Riigikantselei, lk 11
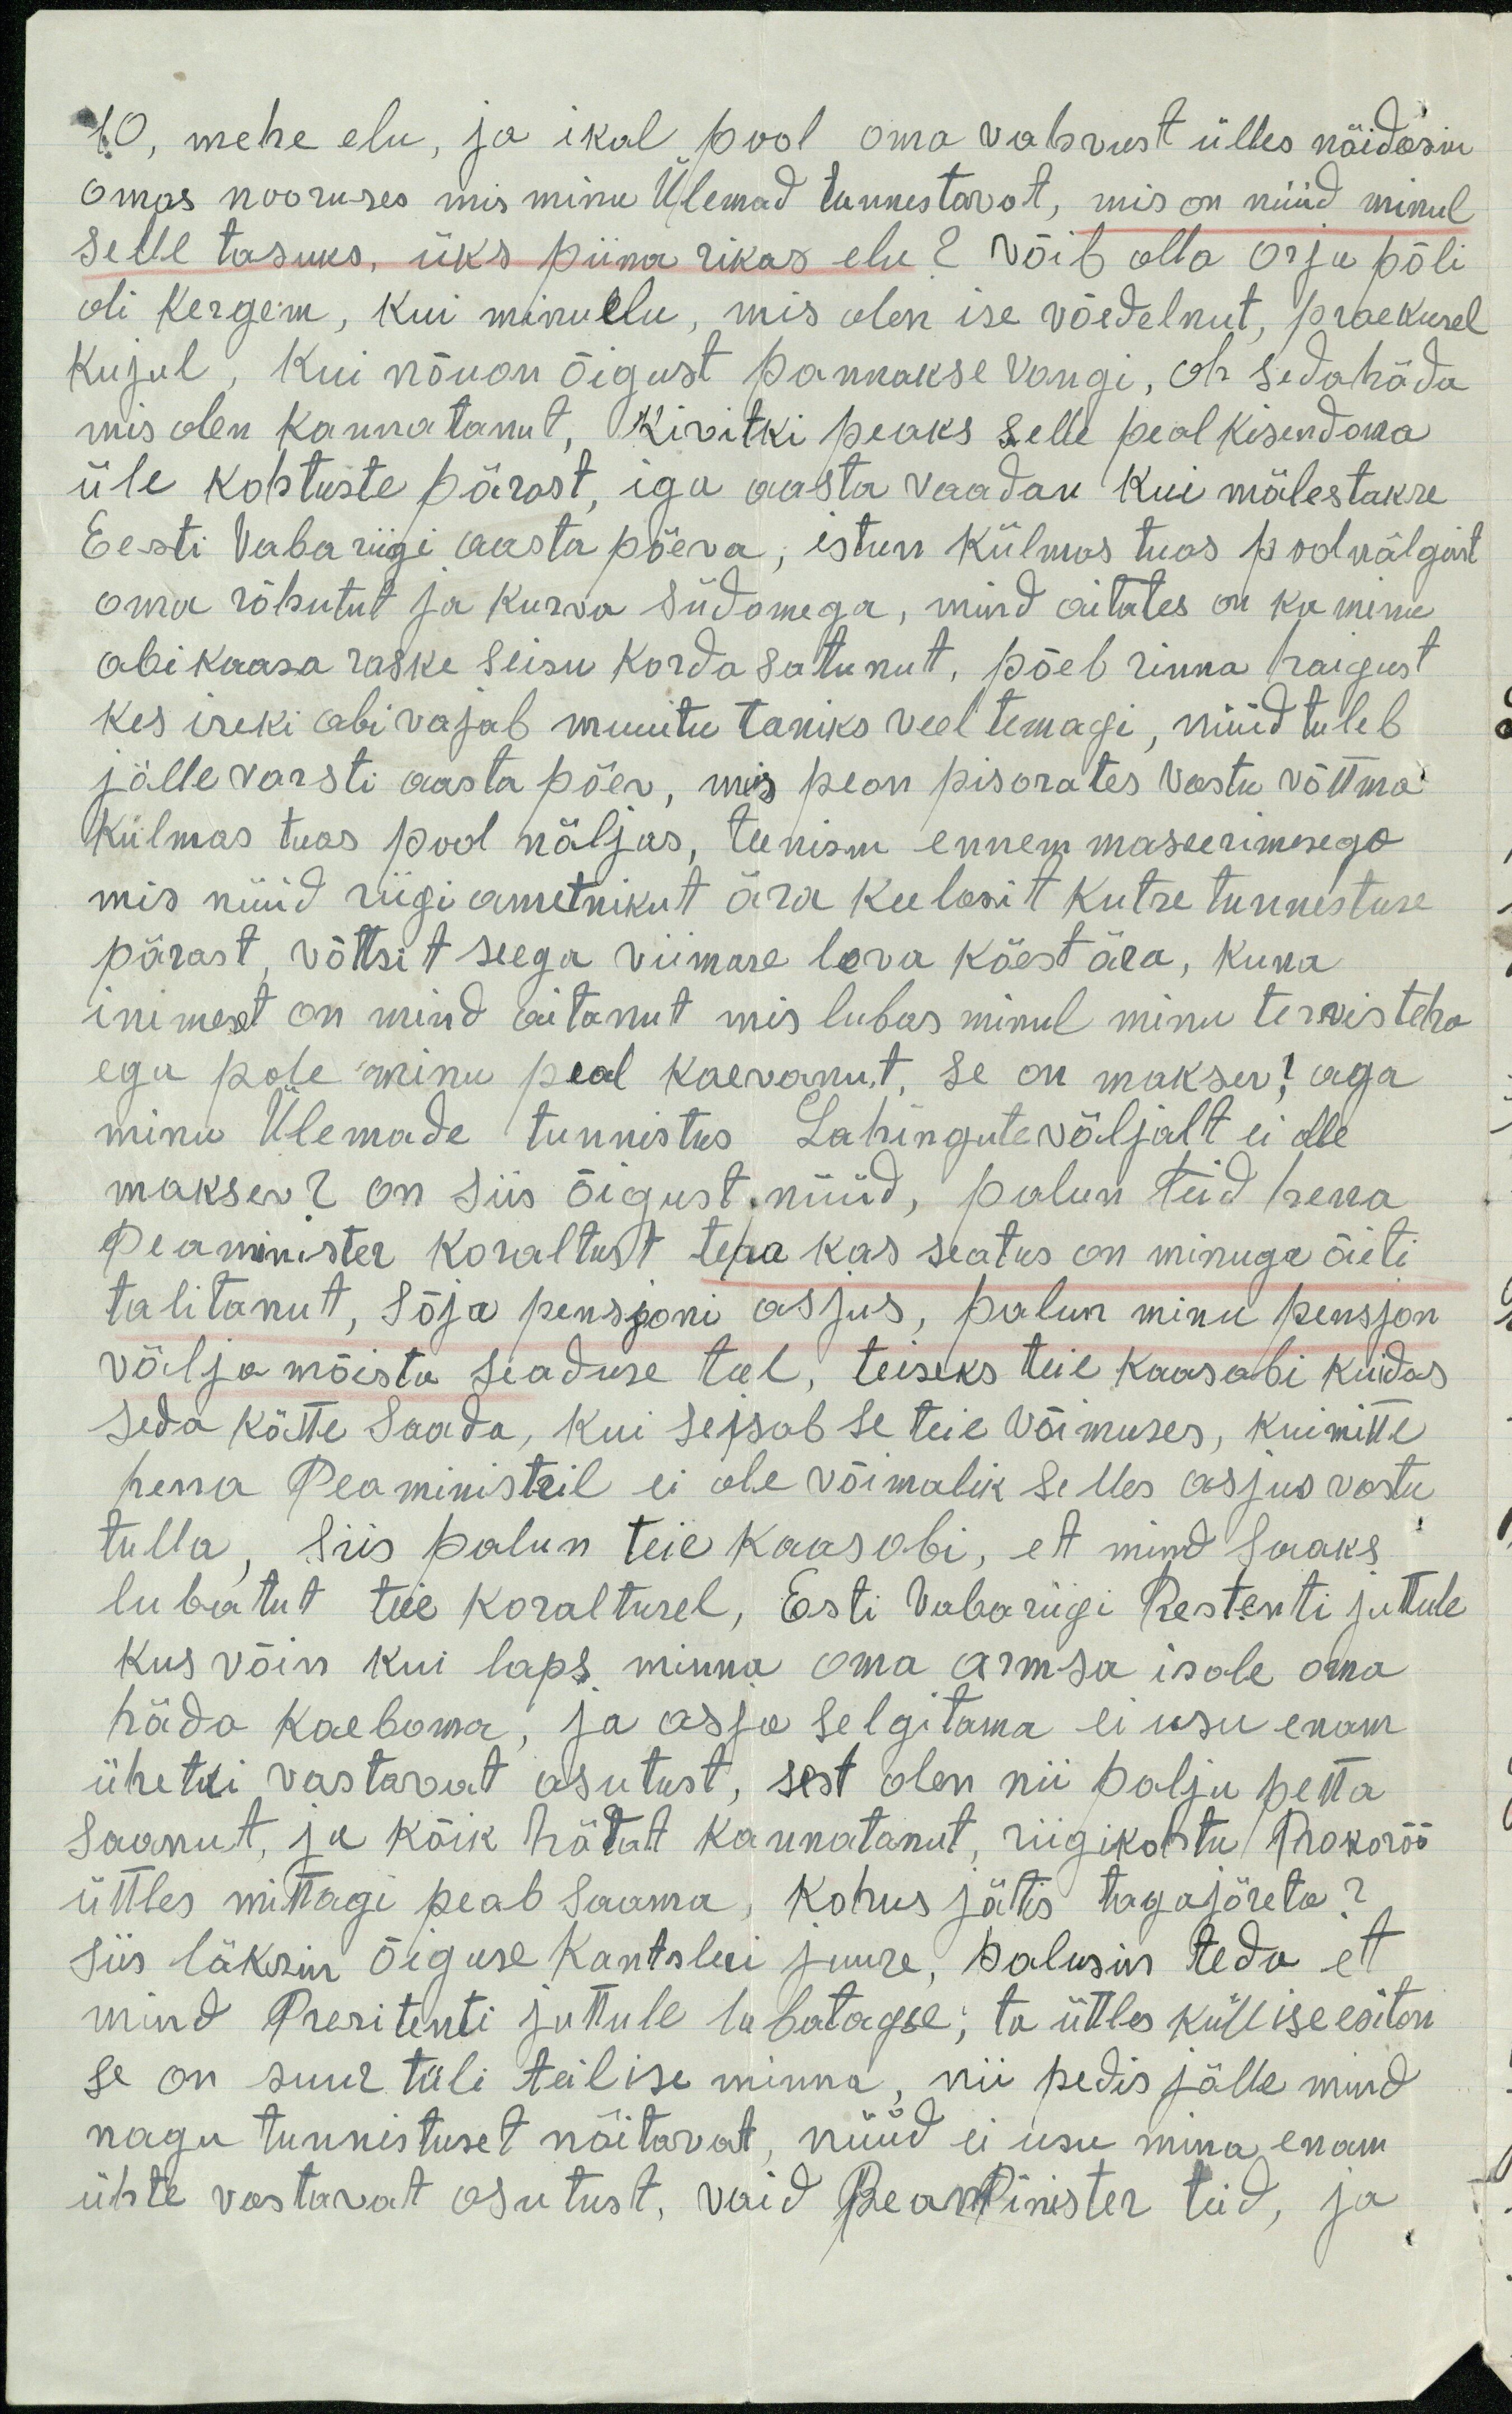
10, mehe elu, ja ikal pool oma vabrust ülles näidasin
omas nooruses mis minu Ülemad tunnestavat, mis on nüüd minul
selle tasuks, üks piina rikas elu? Võib olla orju põli
oli kergem, kui minu elu, mis olen ise võedelnut, praekusel
kujul, Kui nõuan õigust pannakse vangi, oh sedahäda
mis olen kannatanut, kivitki peaks selle peal kisendama
üle kohtuste pärast, iga aasta vaadan kui mälestakse
Eesti vaba riigi aasta põeva, estun külmas tuas pool nälgint
oma rõhutut ja Kurva südamega, mind aitates on ka minu
abi kaasa raske seisu korda satunut, põeb rinna haigust
kes iseki abi vajab muuitu tassiks veel temagi, nüüd tuleb
jälle varsti aasta põev, mis pean pisorates vastu võttma
Külmas tuas pool näljas, teenism ennem maseerimesego
mis nüüd riigi ametnikut ära keelasit kutse tunnestuse
pärast, võttsit seega viimase leva käest ära, kuna
inimest on mind aitanut, mis lubas minul minu tervis teha
ega pole minu peal kaevanut, se on maksev! aga
minu Ülemade tunnistus Lahingute võljalt ei olle
maksev? on siis õigust nüüd, palun Teid herra
Peaminister koraltust teha kas seatus on minuga õieti
talitanut, Sõja pensjooni asjus, palun minu pensjon
välja mõista seaduse teel, teiseks teie kaasabi kuidas
seda kätte saada, kui seisab se teie võimuses, kui mitte
herra Peaministril ei ole võimalik selles asjus vastu
tulla. Siis palun teie kaasabi, et mind saaks
lubatut teie koraltusel, Eesti Vabariigi Prestenti jutule
kus võin kui laps minna oma armsa isale oma
häda kaeboma, ja asja selgitama ei usu enam
ühetki vastavat asutust, sest olen nii palju petta
saanut, ja kõik hätat kannatanut, riigikohtu Prokoröö
üttles mitagi peab saama, Kohus jätis tagajõreta?
siis läksin õiguse kantsleei juure, palusin teda et
mind Presitenti juttule lubatagse; ta ütles küll ise esitan
se on suur tüli teil ise minna, nii pedis jälle mind
nagu tunnistuset näitavat, nüüd ei usu mina enam
ühte vastavat osutust, vaid Peaminister teid, ja